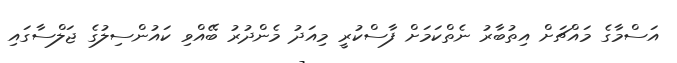
އަސްމާގެ މައްޗަށް އިތުބާރު ނެތްކަމަށް ފާސްކުރީ މިއަދު މެންދުރު ބޭއްވި ކައުންސިލުގެ ޖަލްސާގައި